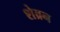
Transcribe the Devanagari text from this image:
शेव्रन